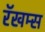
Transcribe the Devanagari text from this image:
रॅखम्स